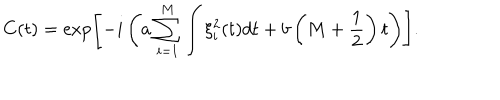
LaTeX: C ( t ) = \exp \left[ - i \left( a \sum _ { i = 1 } ^ { M } \int \xi _ { i } ^ { 2 } ( t ) d t + b \left( M + \frac { 1 } { 2 } \right) t \right) \right] .